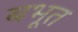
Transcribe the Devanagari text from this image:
बभूत